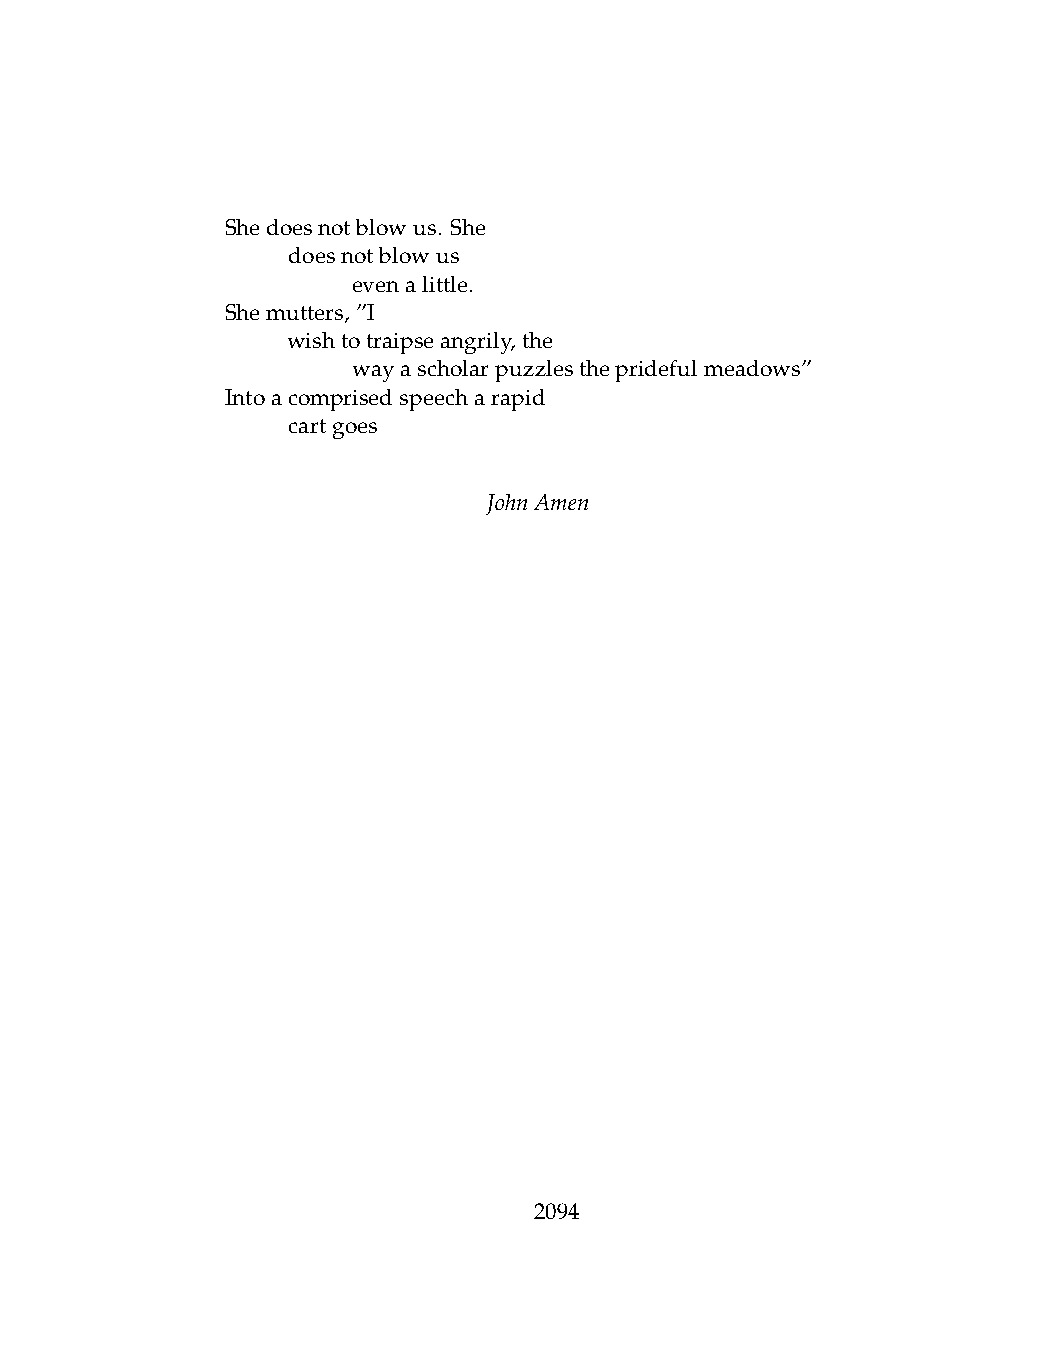
Shedoesnotblowus. She
 .   doesnotblowus
 .   .   evenalittle.
 Shemutters,”I
 .   wishtotraipseangrily,the
 .   .   wayascholarpuzzlesthepridefulmeadows”
 Intoacomprisedspeecharapid
 .   cartgoes
 JohnAmen
 2094